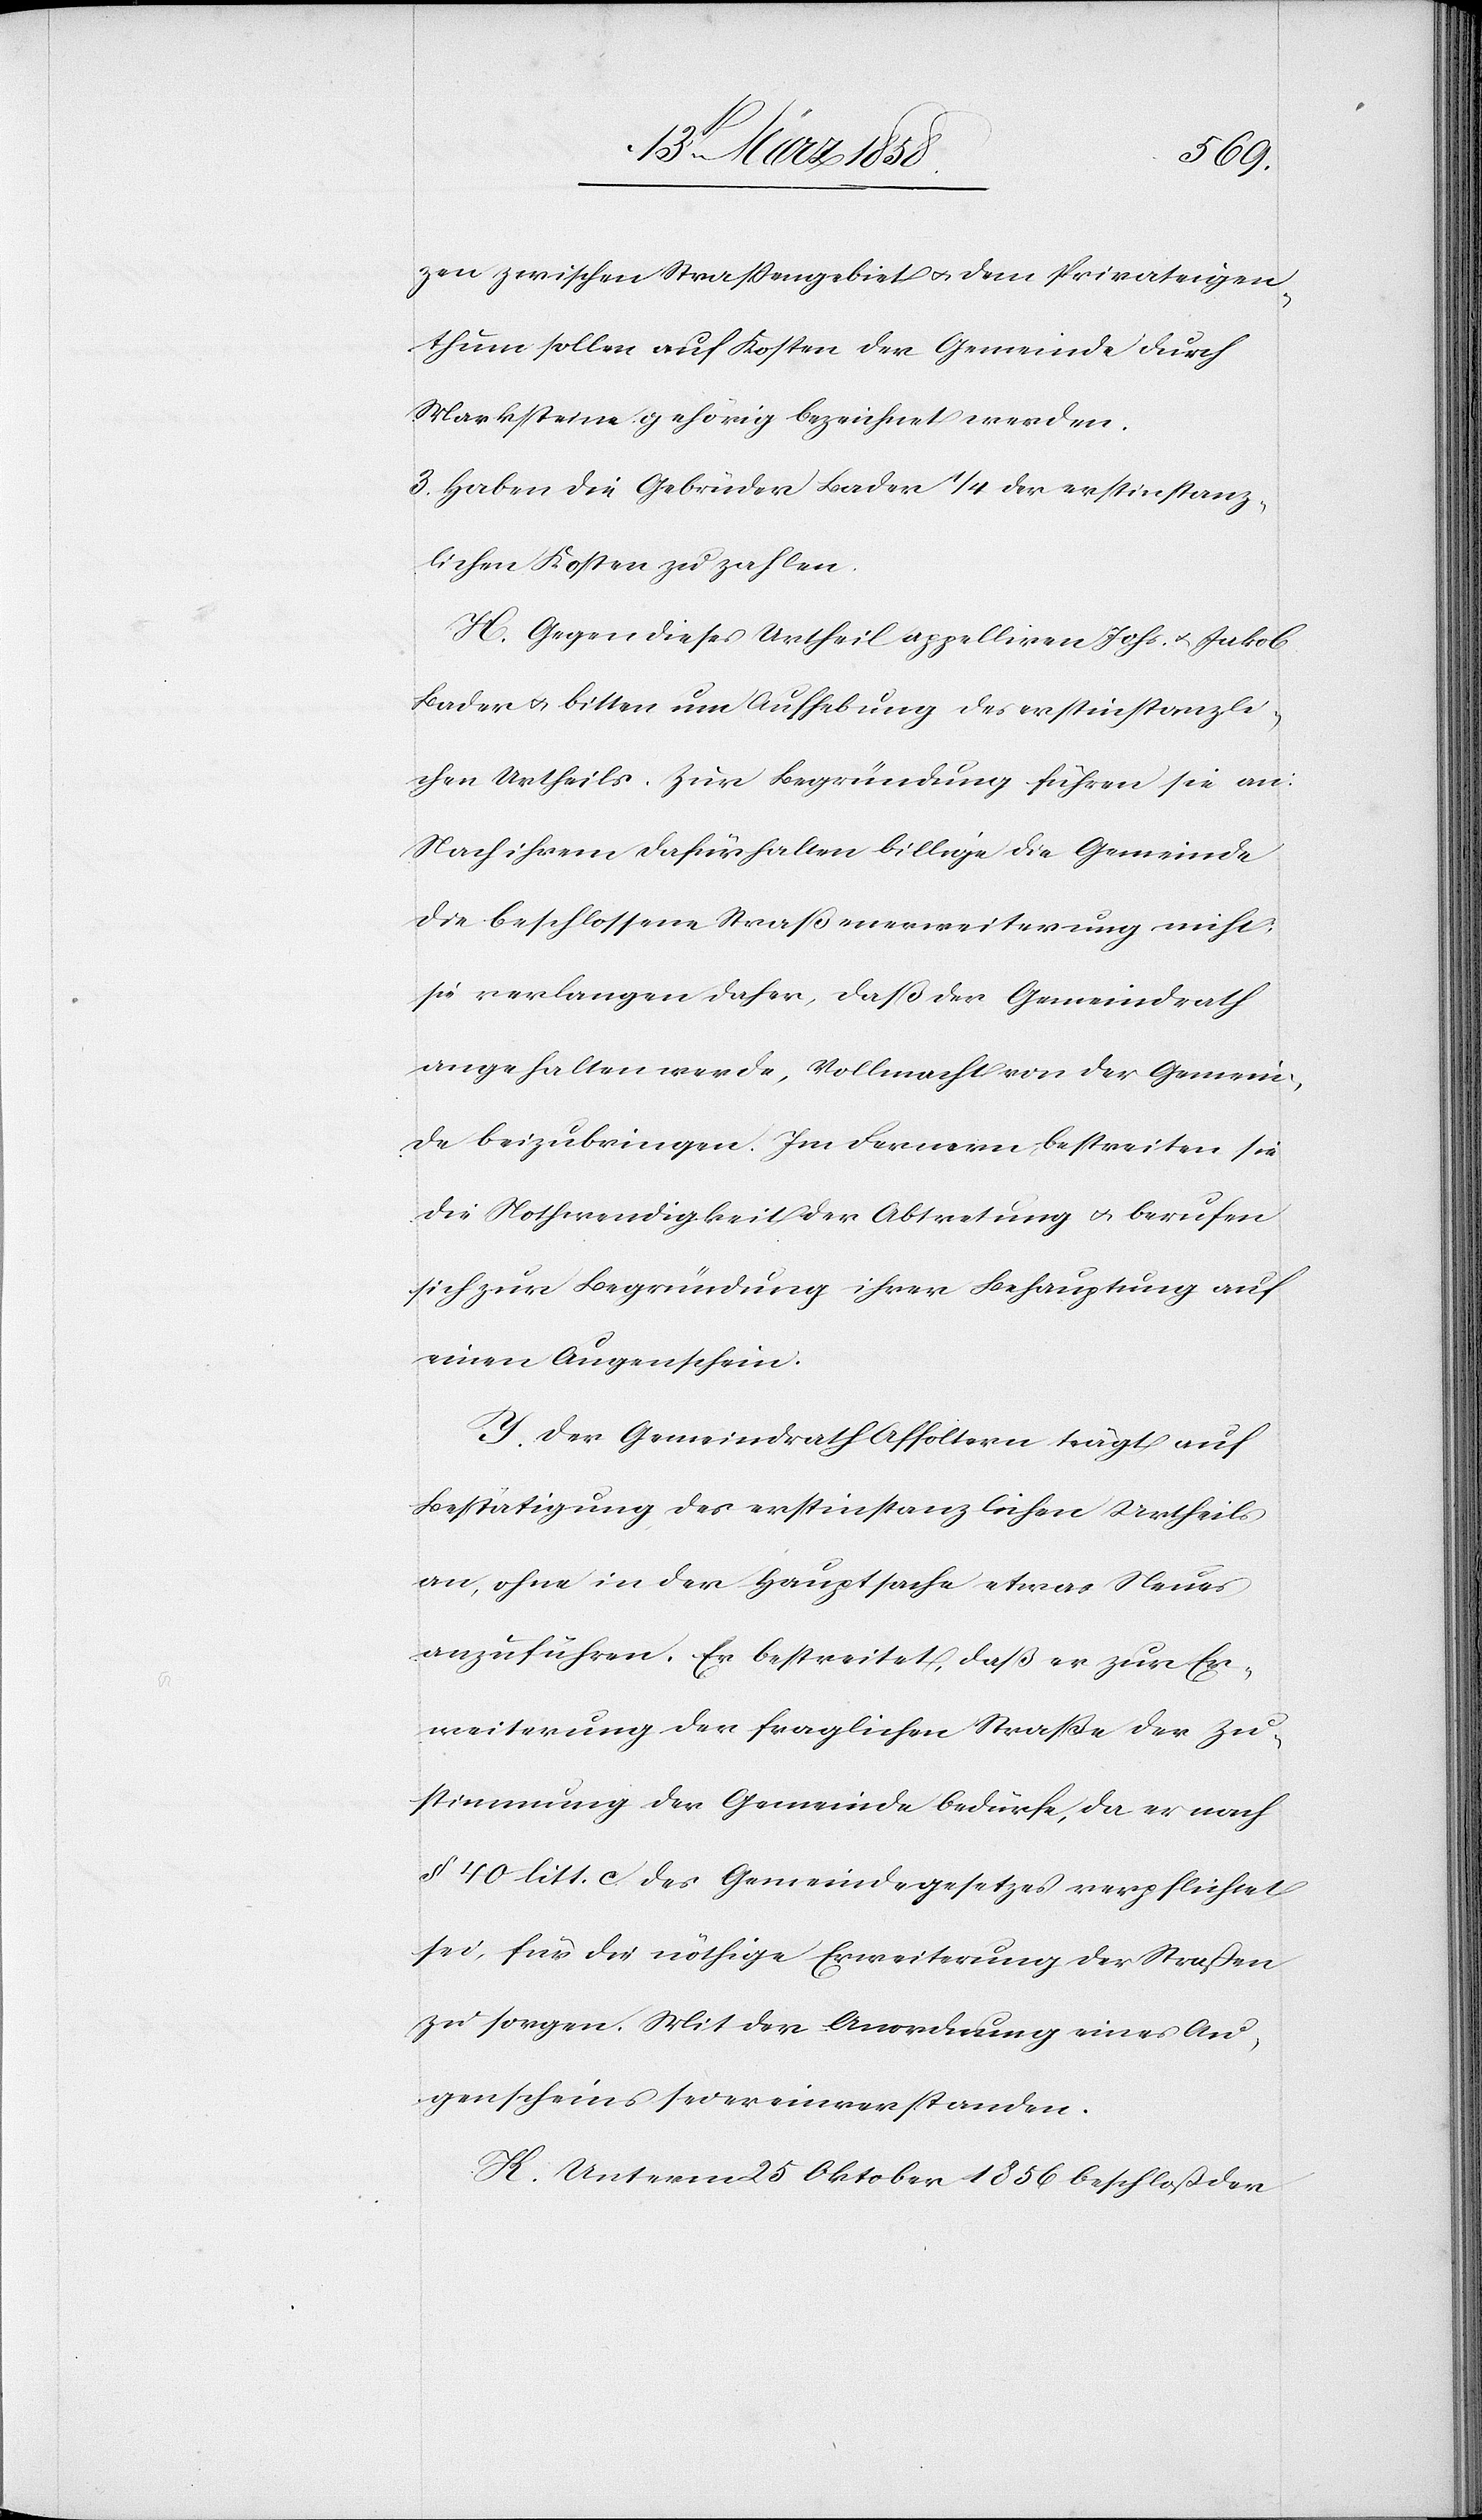
zen zwischen Straßengebiet u. dem Privateigen¬
thum sollen auf Kosten der Gemeinde durch
Marksteine gehörig bezeichnet werden.
3. Haben die Gebrüder Bader 1/4 der erstinstanz¬
lichen Kosten zu zahlen.
H. Gegen dieses Urtheil appelliren Johs. u. Jakob
Bader u. bitten um Aufhebung des erstinstanzli¬
chen Urtheils. Zur Begründung führen sie an:
Nach ihrem dafürhalten billige die Gemeinde
die beschlossene Straßenerweiterung nicht,
sie verlangen daher, daß der Gemeindrath
angehalten werde, Vollmacht von der Gemein¬
de beizubringen. Im Fernern bestreiten sie
die Nothwendigkeit der Abtretung u. berufen
sich zur Begründung ihrer Behauptung auf
einen Augenschein.
I. Der Gemeindrath Affoltern trägt auf
Bestätigung des erstinstanzlichen Urtheils
an, ohne in der Hauptsache etwas Neues
anzuführen. Er bestreitet, daß er zur Er¬
weiterung der fraglichen Straße der Zu¬
stimmung der Gemeinde bedürfe, da er nach
§ 40 litt. c des Gemeindegesetzes verpflichtet
sei, für die nöthige Erweiterung der Straßen
zu sorgen. Mit der Anordnung eines Au¬
genscheins sei er einverstanden.
K. Unterm 25. Oktober 1856 beschloß der